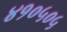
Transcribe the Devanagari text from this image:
४१०५०५